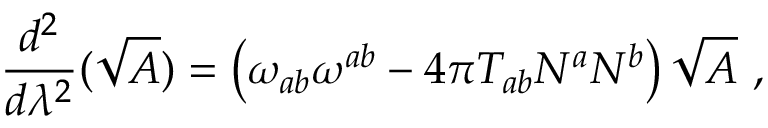
\frac { d ^ { 2 } } { d \lambda ^ { 2 } } ( \sqrt { A } ) = \left( \omega _ { a b } \omega ^ { a b } - 4 \pi T _ { a b } N ^ { a } N ^ { b } \right) \sqrt { A } \ ,